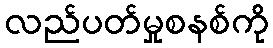
လည်ပတ်မှုစနစ်ကို